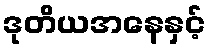
ဒုတိယအနေနှင့်